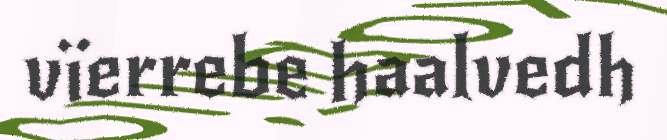
vïerrebe haalvedh